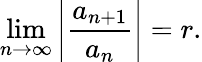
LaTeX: \operatorname*{lim}_{n\to\infty}\left|{\frac{a_{n+1}}{a_{n}}}\right|=r.